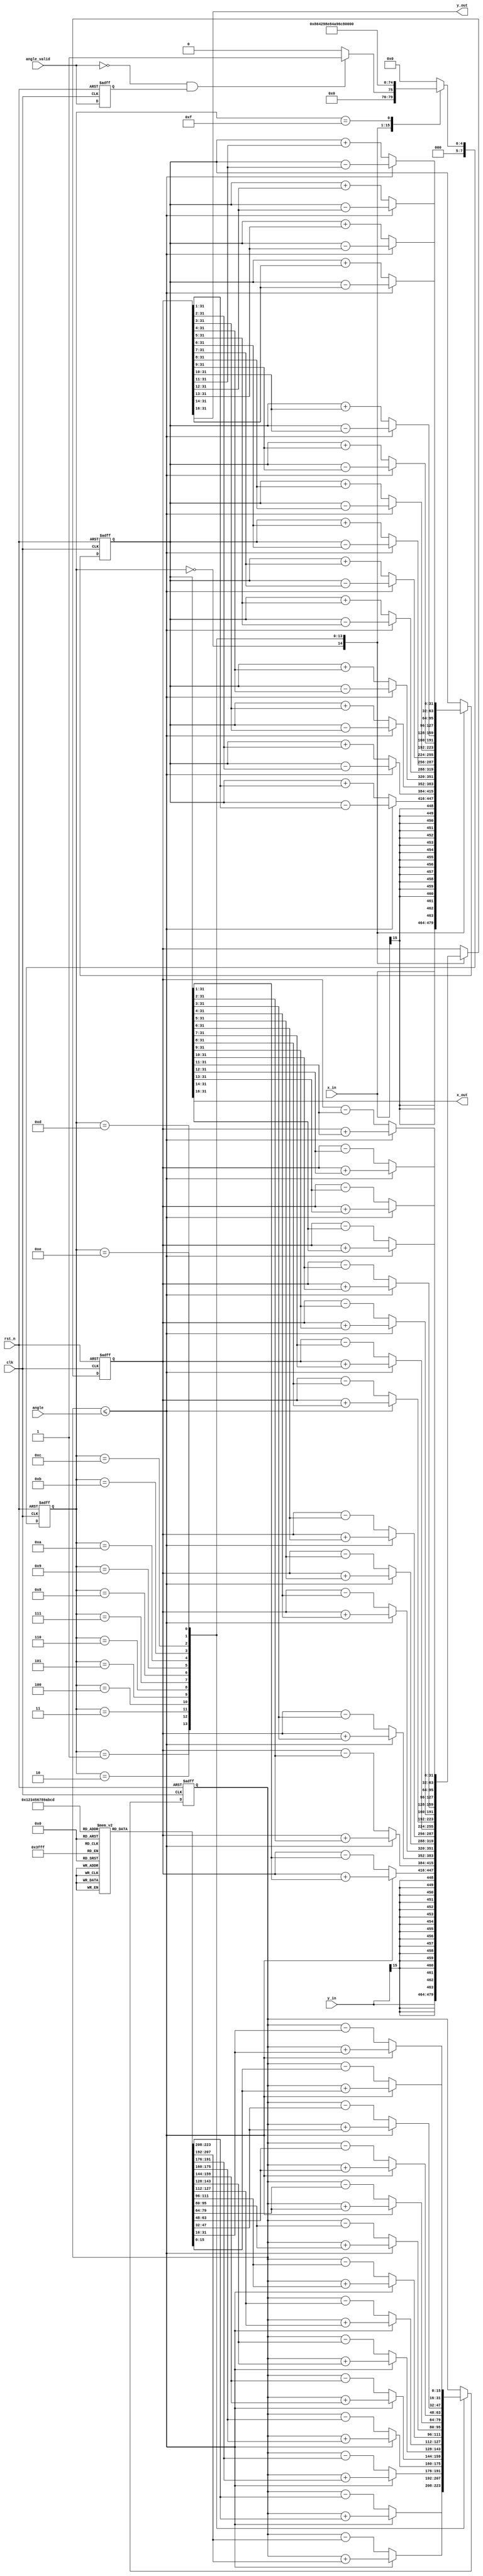
module cordic_rotate 
(
    input clk,
    input rst_n,
    input [N-1:0] angle,
    input angle_valid,
    input [15:0] x_in,
    input [15:0] y_in,

    output [15:0] x_out,
    output [15:0] y_out
);
parameter N = 16;
reg signed [15:0] ANGLE [0:13];// = {16'd6434, 16'd3798, 16'd2007, 16'd1019, 16'd511, 16'd256, 16'd128, 16'd64, 16'd32, 16'd16, 16'd8, 16'd4, 16'd2, 16'd1};
reg signed [31:0] cosz_t;
reg signed [31:0] sinz_t;
reg signed[N-1:0] z_t;

assign x_out = cosz_t[31:16];
assign y_out = sinz_t[31:16];

initial begin
    ANGLE[0] = 16'd6434;
    ANGLE[1] = 16'd3798;
    ANGLE[2] = 16'd2007;
    ANGLE[3] = 16'd1019;
    ANGLE[4] = 16'd511;
    ANGLE[5] = 16'd256;
    ANGLE[6] = 16'd128;
    ANGLE[7] = 16'd64;
    ANGLE[8] = 16'd32;
    ANGLE[9] = 16'd16;
    ANGLE[10] = 16'd8;
    ANGLE[11] = 16'd4;
    ANGLE[12] = 16'd2;
    ANGLE[13] = 16'd1;
end

reg angle_valid_t;
always @(posedge clk or negedge rst_n) begin
    if (rst_n == 1'b0) begin
        angle_valid_t <= 1'b0;
    end else begin
        angle_valid_t <= angle_valid;
    end
end

reg [7:0] current_state;
reg [7:0] next_state;
always @(posedge clk or negedge rst_n) begin       
    if(rst_n == 1'b0) begin          
        current_state <= 8'd0;    
    end       
    else begin           
        current_state <= next_state;     
    end   
end
always @(*) begin
    case (current_state)
        8'd0: begin
            if (angle_valid == 1'b0 && angle_valid_t == 1'b1) begin
                next_state = 8'd1;
            end else begin
                next_state = 8'd0;
            end
        end
        8'd1:  next_state = 8'd2;
        8'd2:  next_state = 8'd3;
        8'd3:  next_state = 8'd4;
        8'd4:  next_state = 8'd5;
        8'd5:  next_state = 8'd6;
        8'd6:  next_state = 8'd7;
        8'd7:  next_state = 8'd8;
        8'd8:  next_state = 8'd9;
        8'd9:  next_state = 8'd10;
        8'd10: next_state = 8'd11;
        8'd11: next_state = 8'd12;
        8'd12: next_state = 8'd13;
        8'd13: next_state = 8'd14;
        8'd14: next_state = 8'd15;
        8'd15: next_state = 8'd16;
        8'd16: next_state = 8'd0;
        default: next_state = 8'd0;
    endcase
end

always @(posedge clk or negedge rst_n) begin
    if (rst_n == 1'b0) begin
        cosz_t <= 32'd0;
        sinz_t <= 32'd0;
        z_t <= 'd0;
    end else begin
        case (current_state)
            8'd0: begin
                cosz_t <= {x_in,{16{x_in[N-1]}}};
                sinz_t <= {y_in,{16{y_in[N-1]}}};
            end
            8'd1: begin
                if (z_t <= angle) begin
                    z_t <= z_t + ANGLE[0];
                    cosz_t <= cosz_t - (sinz_t >>> 1);
                    sinz_t <= sinz_t + (cosz_t >>> 1);
                end else begin
                    z_t <= z_t - ANGLE[0];
                    cosz_t <= cosz_t + (sinz_t >>> 1);
                    sinz_t <= sinz_t - (cosz_t >>> 1);
                end
            end
            8'd2: begin
                if (z_t <= angle) begin
                    z_t <= z_t + ANGLE[1];
                    cosz_t <= cosz_t - (sinz_t >>> 2);
                    sinz_t <= sinz_t + (cosz_t >>> 2);
                end else begin
                    z_t <= z_t - ANGLE[1];
                    cosz_t <= cosz_t + (sinz_t >>> 2);
                    sinz_t <= sinz_t - (cosz_t >>> 2);
                end
            end
            8'd3: begin
                if (z_t <= angle) begin
                    z_t <= z_t + ANGLE[2];
                    cosz_t <= cosz_t - (sinz_t >>> 3);
                    sinz_t <= sinz_t + (cosz_t >>> 3);
                end else begin
                    z_t <= z_t - ANGLE[2];
                    cosz_t <= cosz_t + (sinz_t >>> 3);
                    sinz_t <= sinz_t - (cosz_t >>> 3);
                end
            end
            8'd4: begin
                if (z_t <= angle) begin
                    z_t <= z_t + ANGLE[3];
                    cosz_t <= cosz_t - (sinz_t >>> 4);
                    sinz_t <= sinz_t + (cosz_t >>> 4);
                end else begin
                    z_t <= z_t - ANGLE[3];
                    cosz_t <= cosz_t + (sinz_t >>> 4);
                    sinz_t <= sinz_t - (cosz_t >>> 4);
                end
            end
            8'd5: begin
                if (z_t <= angle) begin
                    z_t <= z_t + ANGLE[4];
                    cosz_t <= cosz_t - (sinz_t >>> 5);
                    sinz_t <= sinz_t + (cosz_t >>> 5);
                end else begin
                    z_t <= z_t - ANGLE[4];
                    cosz_t <= cosz_t + (sinz_t >>> 5);
                    sinz_t <= sinz_t - (cosz_t >>> 5);
                end
            end
            8'd6: begin
                if (z_t <= angle) begin
                    z_t <= z_t + ANGLE[5];
                    cosz_t <= cosz_t - (sinz_t >>> 6);
                    sinz_t <= sinz_t + (cosz_t >>> 6);
                end else begin
                    z_t <= z_t - ANGLE[5];
                    cosz_t <= cosz_t + (sinz_t >>> 6);
                    sinz_t <= sinz_t - (cosz_t >>> 6);
                end
            end
            8'd7: begin
                if (z_t <= angle) begin
                    z_t <= z_t + ANGLE[6];
                    cosz_t <= cosz_t - (sinz_t >>> 7);
                    sinz_t <= sinz_t + (cosz_t >>> 7);
                end else begin
                    z_t <= z_t - ANGLE[6];
                    cosz_t <= cosz_t + (sinz_t >>> 7);
                    sinz_t <= sinz_t - (cosz_t >>> 7);
                end
            end
            8'd8: begin
                if (z_t <= angle) begin
                    z_t <= z_t + ANGLE[7];
                    cosz_t <= cosz_t - (sinz_t >>> 8);
                    sinz_t <= sinz_t + (cosz_t >>> 8);
                end else begin
                    z_t <= z_t - ANGLE[7];
                    cosz_t <= cosz_t + (sinz_t >>> 8);
                    sinz_t <= sinz_t - (cosz_t >>> 8);
                end
            end
            8'd9: begin
                if (z_t <= angle) begin
                    z_t <= z_t + ANGLE[8];
                    cosz_t <= cosz_t - (sinz_t >>> 9);
                    sinz_t <= sinz_t + (cosz_t >>> 9);
                end else begin
                    z_t <= z_t - ANGLE[8];
                    cosz_t <= cosz_t + (sinz_t >>> 9);
                    sinz_t <= sinz_t - (cosz_t >>> 9);
                end
            end
            8'd10: begin
                if (z_t <= angle) begin
                    z_t <= z_t + ANGLE[9];
                    cosz_t <= cosz_t - (sinz_t >>> 10);
                    sinz_t <= sinz_t + (cosz_t >>> 10);
                end else begin
                    z_t <= z_t - ANGLE[9];
                    cosz_t <= cosz_t + (sinz_t >>> 10);
                    sinz_t <= sinz_t - (cosz_t >>> 10);
                end
            end
            8'd11: begin
                if (z_t <= angle) begin
                    z_t <= z_t + ANGLE[10];
                    cosz_t <= cosz_t - (sinz_t >>> 11);
                    sinz_t <= sinz_t + (cosz_t >>> 11);
                end else begin
                    z_t <= z_t - ANGLE[10];
                    cosz_t <= cosz_t + (sinz_t >>> 11);
                    sinz_t <= sinz_t - (cosz_t >>> 11);
                end
            end
            8'd12: begin
                if (z_t <= angle) begin
                    z_t <= z_t + ANGLE[11];
                    cosz_t <= cosz_t - (sinz_t >>> 12);
                    sinz_t <= sinz_t + (cosz_t >>> 12);
                end else begin
                    z_t <= z_t - ANGLE[11];
                    cosz_t <= cosz_t + (sinz_t >>> 12);
                    sinz_t <= sinz_t - (cosz_t >>> 12);
                end
            end
            8'd13: begin
                if (z_t <= angle) begin
                    z_t <= z_t + ANGLE[12];
                    cosz_t <= cosz_t - (sinz_t >>> 13);
                    sinz_t <= sinz_t + (cosz_t >>> 13);
                end else begin
                    z_t <= z_t - ANGLE[12];
                    cosz_t <= cosz_t + (sinz_t >>> 13);
                    sinz_t <= sinz_t - (cosz_t >>> 13);
                end
            end
            8'd14: begin
                if (z_t <= angle) begin
                    z_t <= z_t + ANGLE[13];
                    cosz_t <= cosz_t - (sinz_t >>> 14);
                    sinz_t <= sinz_t + (cosz_t >>> 14);
                end else begin
                    z_t <= z_t - ANGLE[13];
                    cosz_t <= cosz_t + (sinz_t >>> 14);
                    sinz_t <= sinz_t - (cosz_t >>> 14);
                end
            end
            8'd15: begin
                z_t <= z_t;
                cosz_t <= cosz_t;
                sinz_t <= sinz_t;
            end
            8'd16: begin

            end        
            default: begin

            end
        endcase
    end
end

endmodule